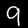
Digit: 9